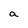
Character: a